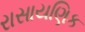
રાસાયણિક